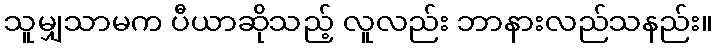
သူမျှသာမက ပီယာဆိုသည့် လူလည်း ဘာနားလည်သနည်း။